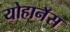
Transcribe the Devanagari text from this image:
योहानॅस